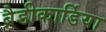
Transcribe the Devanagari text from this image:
ब्रैडीकार्डिया